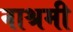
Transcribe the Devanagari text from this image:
नाश्रमी